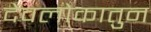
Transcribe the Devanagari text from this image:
देवलोकातुन